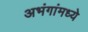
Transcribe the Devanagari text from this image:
अभंगांमध्ये